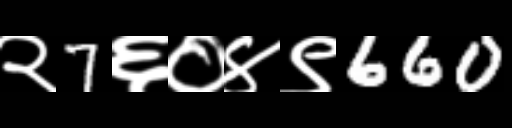
Text: २7६०४९660